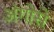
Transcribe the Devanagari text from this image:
अंगोसे